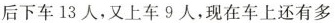
后下车13人，又上车9人，现在车上还有多